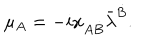
LaTeX: \mu _ { A } = - i x _ { A \dot { B } } \bar { \lambda } ^ { \dot { B } } .